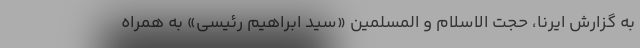
به گزارش ایرنا، حجت الاسلام و المسلمین «سید ابراهیم رئیسی» به همراه